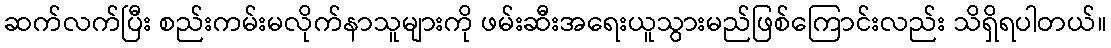
ဆက်လက်ပြီး စည်းကမ်းမလိုက်နာသူများကို ဖမ်းဆီးအရေးယူသွားမည်ဖြစ်ကြောင်းလည်း သိရှိရပါတယ်။